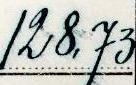
128,73